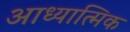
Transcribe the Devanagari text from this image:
आध्‍यात्मिक